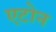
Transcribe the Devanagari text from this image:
एटोन